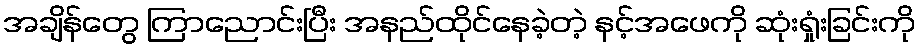
အချိန်တွေ ကြာညောင်းပြီး အနည်ထိုင်နေခဲ့တဲ့ နင့်အဖေကို ဆုံးရှုံးခြင်းကို